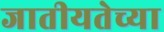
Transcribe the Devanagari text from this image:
जातीयतेच्या